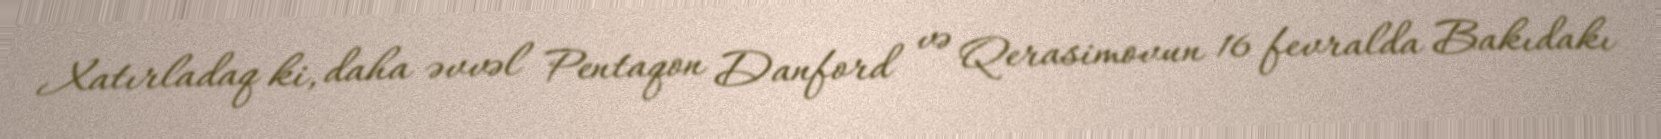
Xatırladaq ki, daha əvvəl Pentaqon Danford və Qerasimovun 16 fevralda Bakıdakı